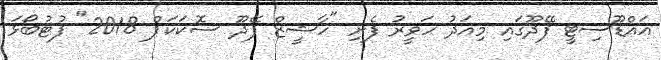
އައްޑޫސިޓީ ފޭދޫގައި މިއަދު ހަވީރު ފެށި "ހާޝީޒް ފޭދޫ ސޮކަކަޕް 2018" ފުޓުބޯޅަ